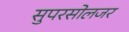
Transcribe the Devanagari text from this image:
सुपरसोलजर